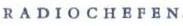
RADIOCHEFEN